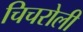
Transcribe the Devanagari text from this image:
चिचरोली